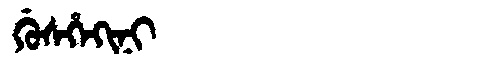
Manchu: ᡤᡠᠰᡥᡝᡴᡳᠨᡳ
Romanization: GUSHEKINI